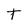
Character: t